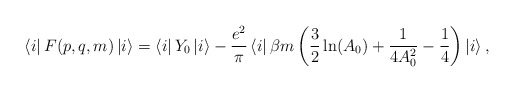
\begin{align*}\left\langle i \right|F(p,q,m)\left| i \right\rangle =\left\langle i \right|Y_0 \left| i \right\rangle - \frac {e^2}{\pi}\left\langle i \right|\beta m \left( \frac 32\ln(A_0)+\frac 1{4A_0^2}-\frac 14 \right)\left| {i} \right\rangle,\end{align*}